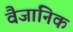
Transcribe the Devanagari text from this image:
वैजानिक